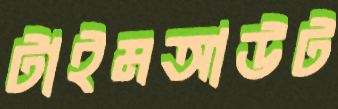
টাইমআউট